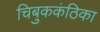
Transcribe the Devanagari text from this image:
चिबुककंठिका